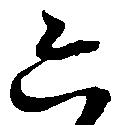
六